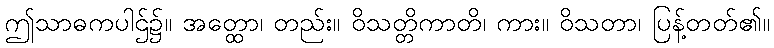
ဤသာဓကပါဌ်၌။ အတ္ထော၊ တည်း။ ဝိသတ္တိကာတိ၊ ကား။ ဝိသတာ၊ ပြန့်တတ်၏။